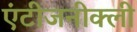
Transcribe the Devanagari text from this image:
एंटीजनीक्ली